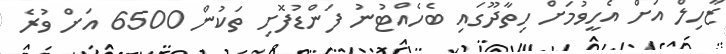
ޒާހިލް އަށް އެހީވުމަށް ހިތާދޫގައި ބެހެއްޓުނު ފަންޑުފޮށި ތަކުން 6500 އަށް ވުރެ